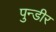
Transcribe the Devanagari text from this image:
पुन्डीर